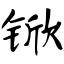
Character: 锨